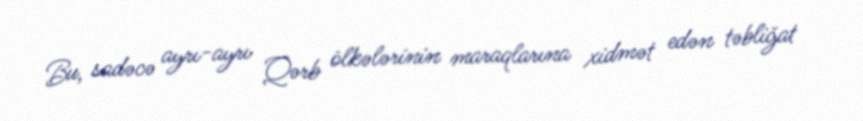
Bu, sadəcə ayrı-ayrı Qərb ölkələrinin maraqlarına xidmət edən təbliğat